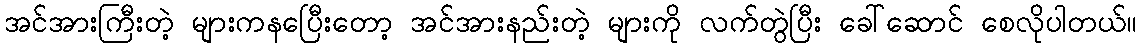
အင်အားကြီးတဲ့ များကနပြေီးတော့ အင်အားနည်းတဲ့ များကို လက်တွဲပြီး ခေါ်ဆောင် စေလိုပါတယ်။